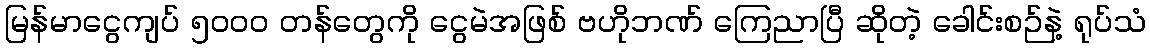
မြန်မာငွေကျပ် ၅၀၀၀ တန်တွေကို ငွေမဲအဖြစ် ဗဟိုဘဏ် ကြေညာပြီ ဆိုတဲ့ ခေါင်းစဉ်နဲ့ ရုပ်သံ